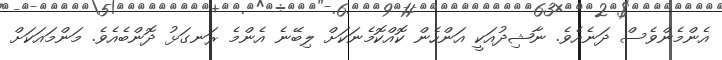
އެންމެންވެސް ދަނެއެވެ. ނާޝިދުއަކީ އަންހެން ކޮއްކޮމެނަކަށް ލިބޭނެ އެންމެ ރަނގަޅު ދޮންބެއެވެ. މަންމައަކަށް